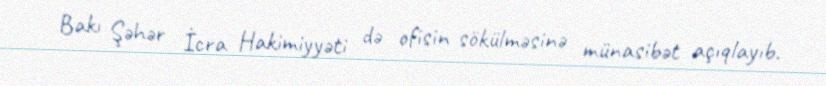
Bakı Şəhər İcra Hakimiyyəti də ofisin sökülməsinə münasibət açıqlayıb.